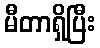
မီတာရှိပြီး